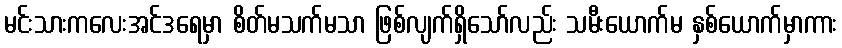
မင်းသားကလေးအင်ဒရေမှာ စိတ်မသက်မသာ ဖြစ်လျက်ရှိသော်လည်း သမီးယောက်မ နှစ်ယောက်မှာကား